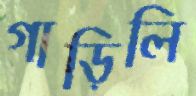
গাড়িলি